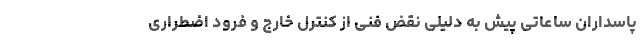
پاسداران ساعاتی پیش به دلیلی نقض فنی از کنترل خارج و فرود اضطراری